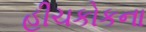
હીચકોકના